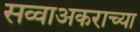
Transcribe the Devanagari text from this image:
सव्वाअकराच्या